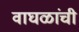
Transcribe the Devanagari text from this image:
वाघळांची